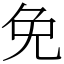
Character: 免